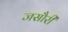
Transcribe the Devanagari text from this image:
जसौरी